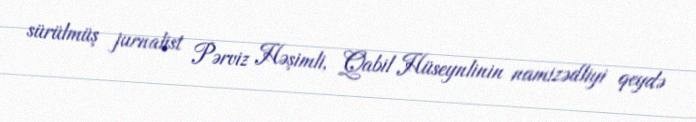
sürülmüş jurnalist Pərviz Həşimli, Qabil Hüseynlinin namizədliyi qeydə